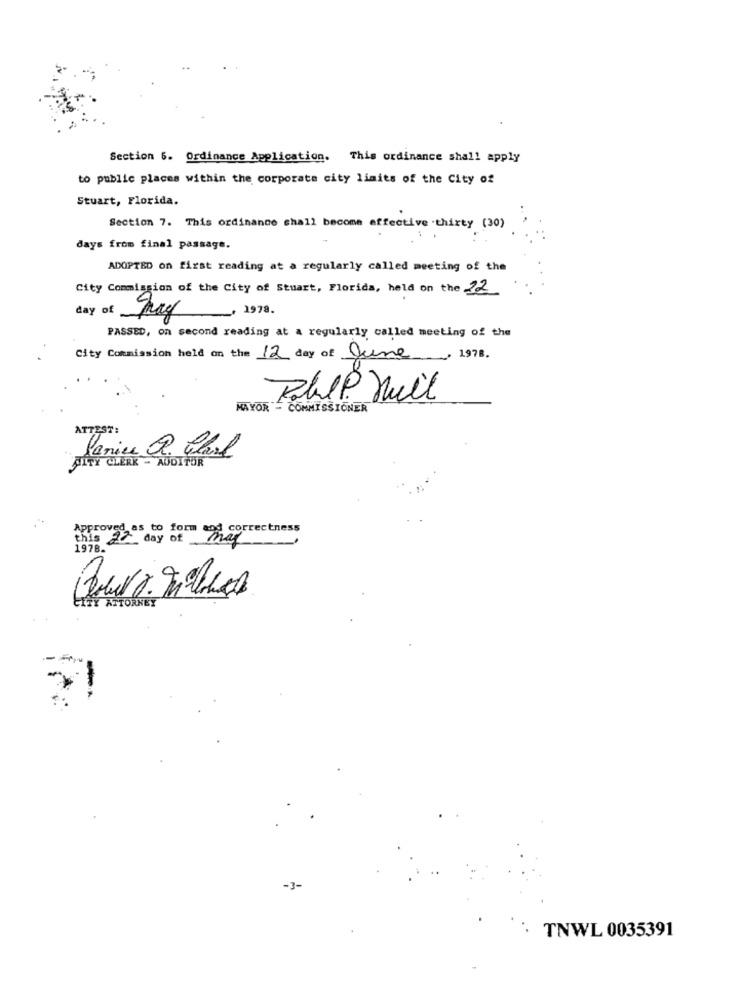
Section 6. Ordinance Application. This ordinance shall apply
to public places within the corporate city limits of the City of
Stuart, Florida.
Section 7. This ordinance chall become effective thirty (30)
days from final passage.
ADOPTED on first reading at a regularly called meeting of the
City Commission of the City of Stuart, Florida, held on the 12
day of
_ 1978.
PASSED, on second reading at a regularly called meeting of the
City Commission held on the 12 day of June
-- 1978.
RablP. Huil
MAYOR - COMMISSIONER
Janine R. Clark
FITY CLERK - AUDITOR
ATTORNEY
-3-
TNWL 0035391